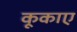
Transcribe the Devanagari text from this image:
कूकाए